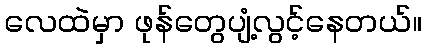
လေထဲမှာ ဖုန်တွေပျံ့လွင့်နေတယ်။